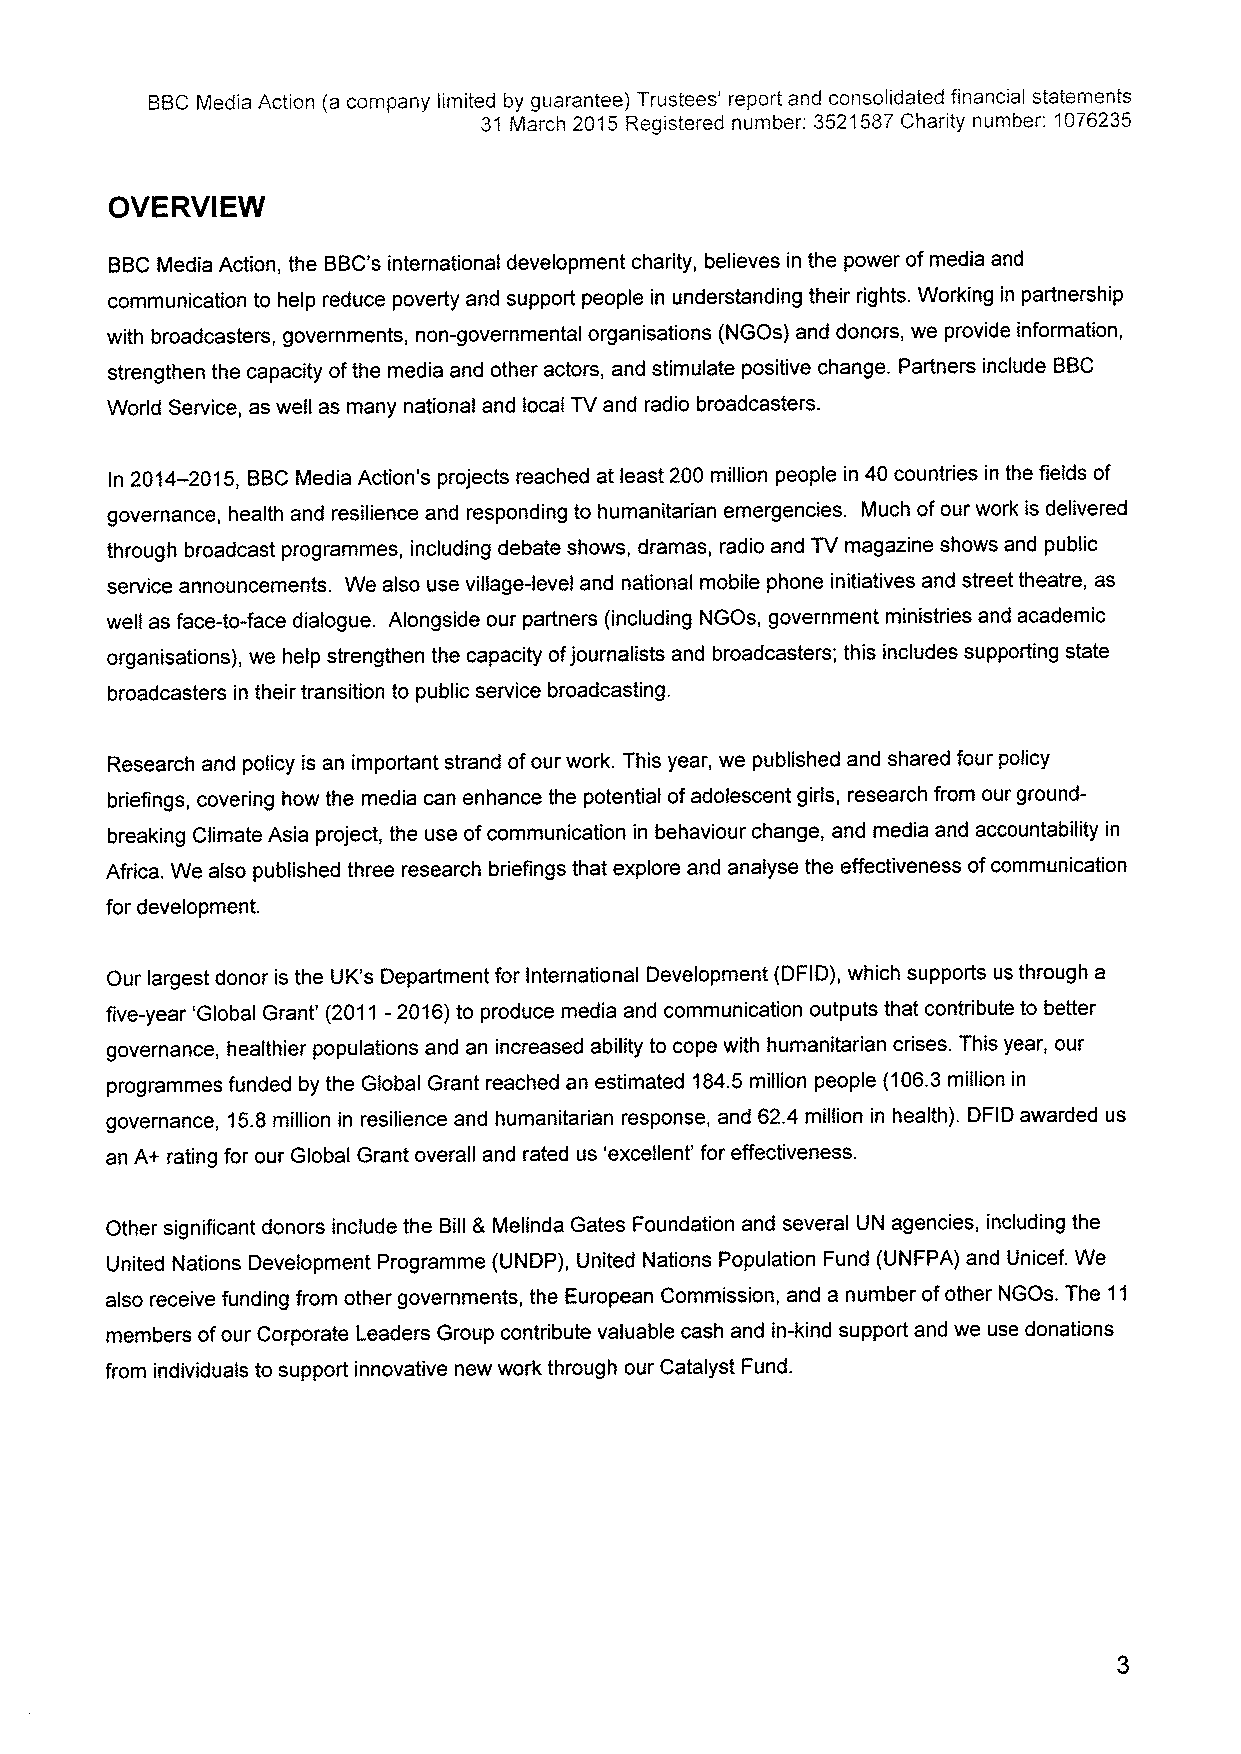
BBCMedia Action (a company limited by guarantee) Trustees' report and consolidated financial statements
 31 March 2015 Registered number: 3521587Charity number: 1076235
 OVERVIEW
 BBCMedia Action, the BBC's international development charity, believes in the power ofmedia and
 communication to help reduce poverty and support people in understanding their rights. Working in partnership
 with broadcasters, governments, non-governmental organisations (NGOs) and donors, we provide information,
 strengthen the capacity ofthe media and other actors, and stimulate positive change. Partners include BBC
 World Service, as well as many national and local TV and radio broadcasters.
 In 2014-2015, BBCMedia Action's projects reached at least 200 million people in 40 countries in the fields of
 governance, health and resilience and responding to humanitarian emergencies. Much ofour work is delivered
 through broadcast programmes, including debate shows, dramas, radio and TV magazine shows and public
 service announcements. We also use village-level and national mobile phone initiatives and street theatre, as
 well as face-to-face dialogue. Alongside our partners (including NGOs, government ministries and academic
 organisations), we help strengthen the capacity ofjournalists and broadcasters; this includes supporting state
 broadcasters in their transition to public service broadcasting.
 Research and policy is an important strand ofour work. This year, we published and shared four policy
 briefings, covering how the media can enhance the potential ofadolescent girls, research from our ground-
 breaking Climate Asia project, the use ofcommunication in behaviour change, and media and accountability in
 Africa. We also published three research briefings that explore and analyse the effectiveness ofcommunication
 for development.
 Our largest donor is the UK's Department for International Development (DFID), which supports us through a
 five-year 'Global Grant' (2011-2016)to produce media and communication outputs that contribute to better
 governance, healthier populations and an increased ability to cope with humanitarian crises. This year, our
 programmes funded by the Global Grant reached an estimated 184.5 million people (106.3 million in
 governance, 15.8 million in resilience and humanitarian response, and 62.4 million in health). DFID awarded us
 an A+ rating for our Global Grant overall and rated us 'excellent' for effectiveness.
 Other significant donors include the Bill 8 Melinda Gates Foundation and several UN agencies, including the
 United Nations Development Programme (UNDP), United Nations Population Fund (UNFPA) and Unicef. We
 also receive funding from other governments, the European Commission, and a number ofother NGOs. The 11
 members ofour Corporate Leaders Group contribute valuable cash and in-kind support and we use donations
 from individuals to support innovative new work through our Catalyst Fund.